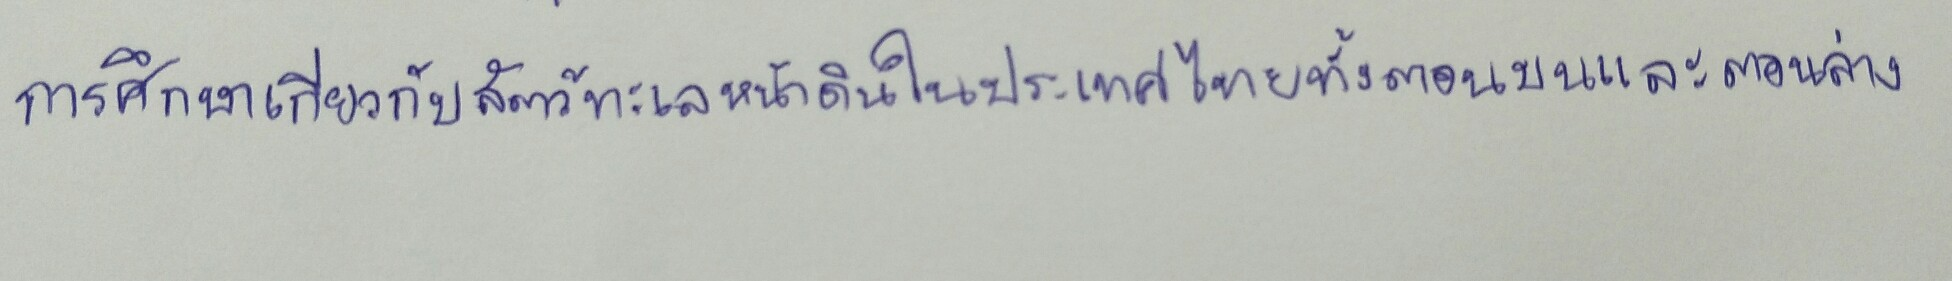
การศึกษาเกี่ยวกับสัตว์ทะเลหน้าดินในประเทศไทยทั้งตอนบนและตอนล่าง